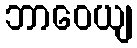
ဘာဝေယျ